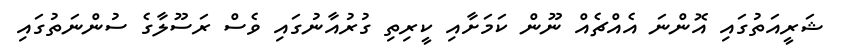
ޝަރީއަތުގައި އޮންނަ އެއްޗެއް ނޫން ކަމަށާއި ކީރިތި ގުރުއާނުގައި ވެސް ރަސޫލާގެ ސުންނަތުގައި